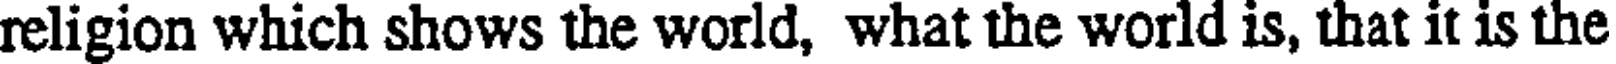
religion which shows the world, what the world is, that it is the